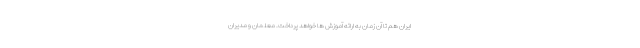
ایران هم تا آن زمان به ارائه آموزش ها خواهد پرداخت. معلمان و مدیران